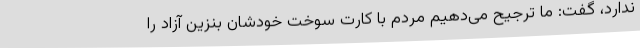
ندارد، گفت: ما ترجیح می‌دهیم مردم با کارت سوخت خودشان بنزین آزاد را